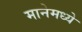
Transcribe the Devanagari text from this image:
मानेमध्ये